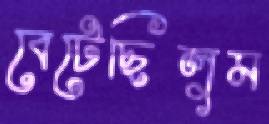
বেটেছিলুম